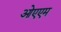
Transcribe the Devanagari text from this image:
ओएएम